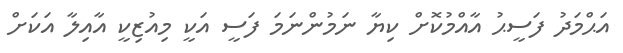
އަޙްމަދު ފަސީޙު އާއްމުކޮށް ކިޔާ ނަމުންނަމަ ފަސީ އަކީ މިއުޒިކީ އާއިލާ އަކަށް